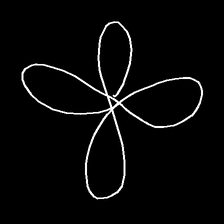
Glyph: billowing